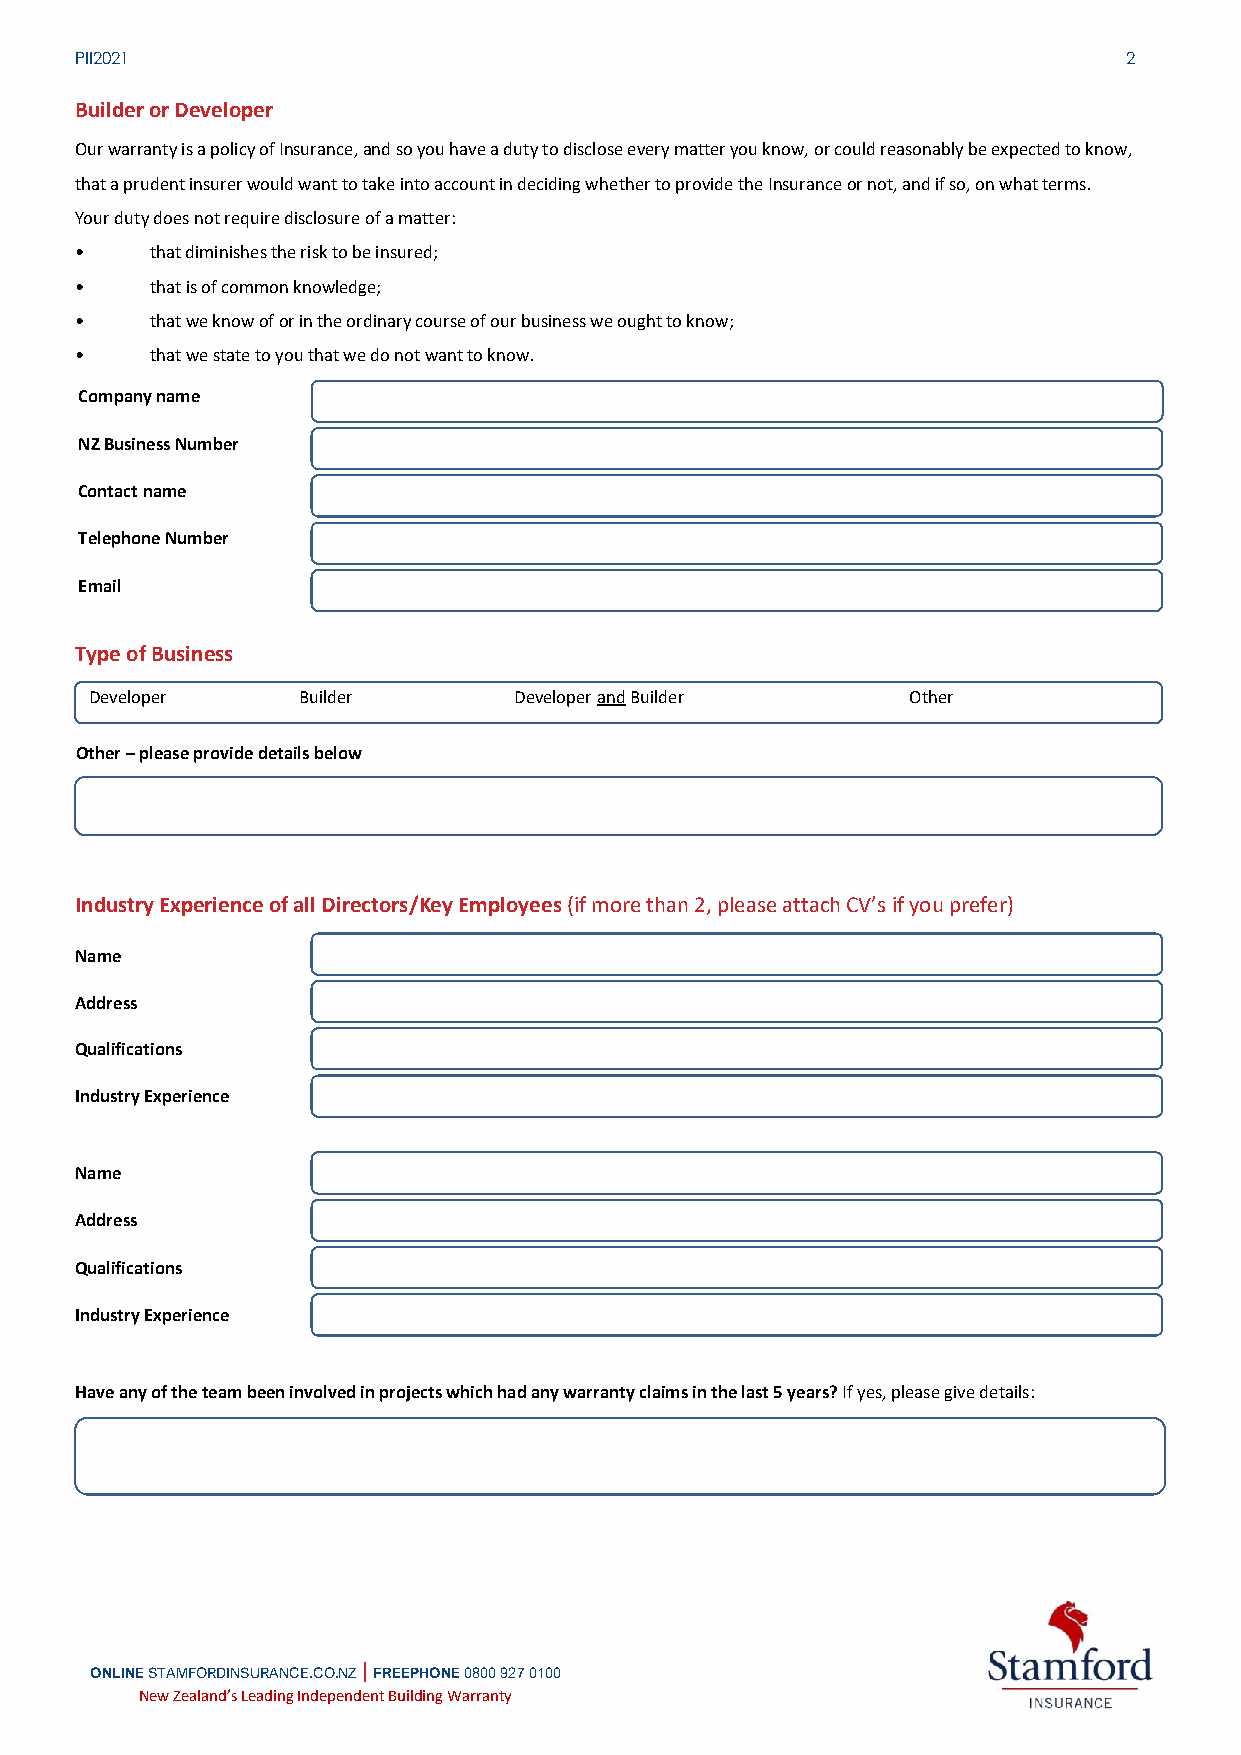
PII2021                                                              2
 Builder or Developer
 Our warranty is a policy of Insurance, and so you have a duty to disclose every matter you know, or could reasonably be expected to know,
 that a prudent insurer would want to take into account in deciding whether to provide the Insurance or not, and if so, on what terms.
 Your duty does not require disclosure of a matter:
 •    that diminishes the risk to be insured;
 •    that is of common knowledge;
 •    that we know of or in the ordinary course of our business we ought to know;
 •    that we state to you that we do not want to know.
 Company name
 NZ Business Number
 Contact name
 Telephone Number
 Email
 Type of Business
 Developer     Builder       Developer and Builder     Other
 Other – please provide details below
 Industry Experience of all Directors/Key Employees (if more than 2, please attach CV’s if you prefer)
 Name
 Address
 Qualifications
 Industry Experience
 Name
 Address
 Qualifications
 Industry Experience
 Have any of the team been involved in projects which had any warranty claims in the last 5 years? If yes, please give details:
 ONLINE STAMFORDINSURANCE.CO.NZ | FREEPHONE 0800 927 0100
 N ew Zealand ’s Leading I ndependen t Building W arranty